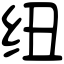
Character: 纽